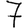
Digit: 7